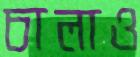
চালাও